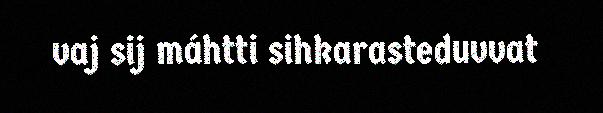
vaj sij máhtti sihkarasteduvvat